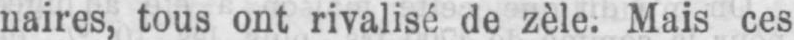
naires, tous ont rivalisé de zèle. Mais ces